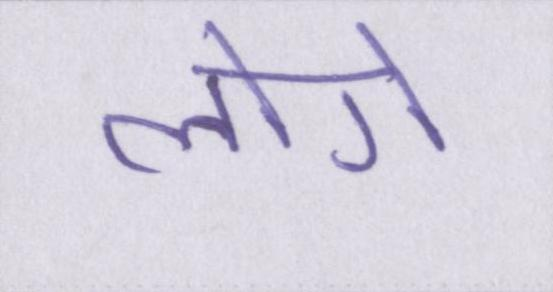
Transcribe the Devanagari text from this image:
लागे